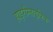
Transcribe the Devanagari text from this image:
हाइरौग्लाइफिक